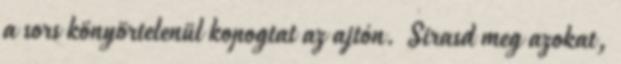
a sors könyörtelenül kopogtat az ajtón. Sirasd meg azokat,